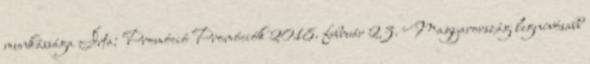
munkássága Írta: Promóció Promóciók 2018. február 23. Magyarország legnívósabb